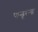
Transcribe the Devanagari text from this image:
पान्डूरन्गा